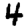
Digit: 4